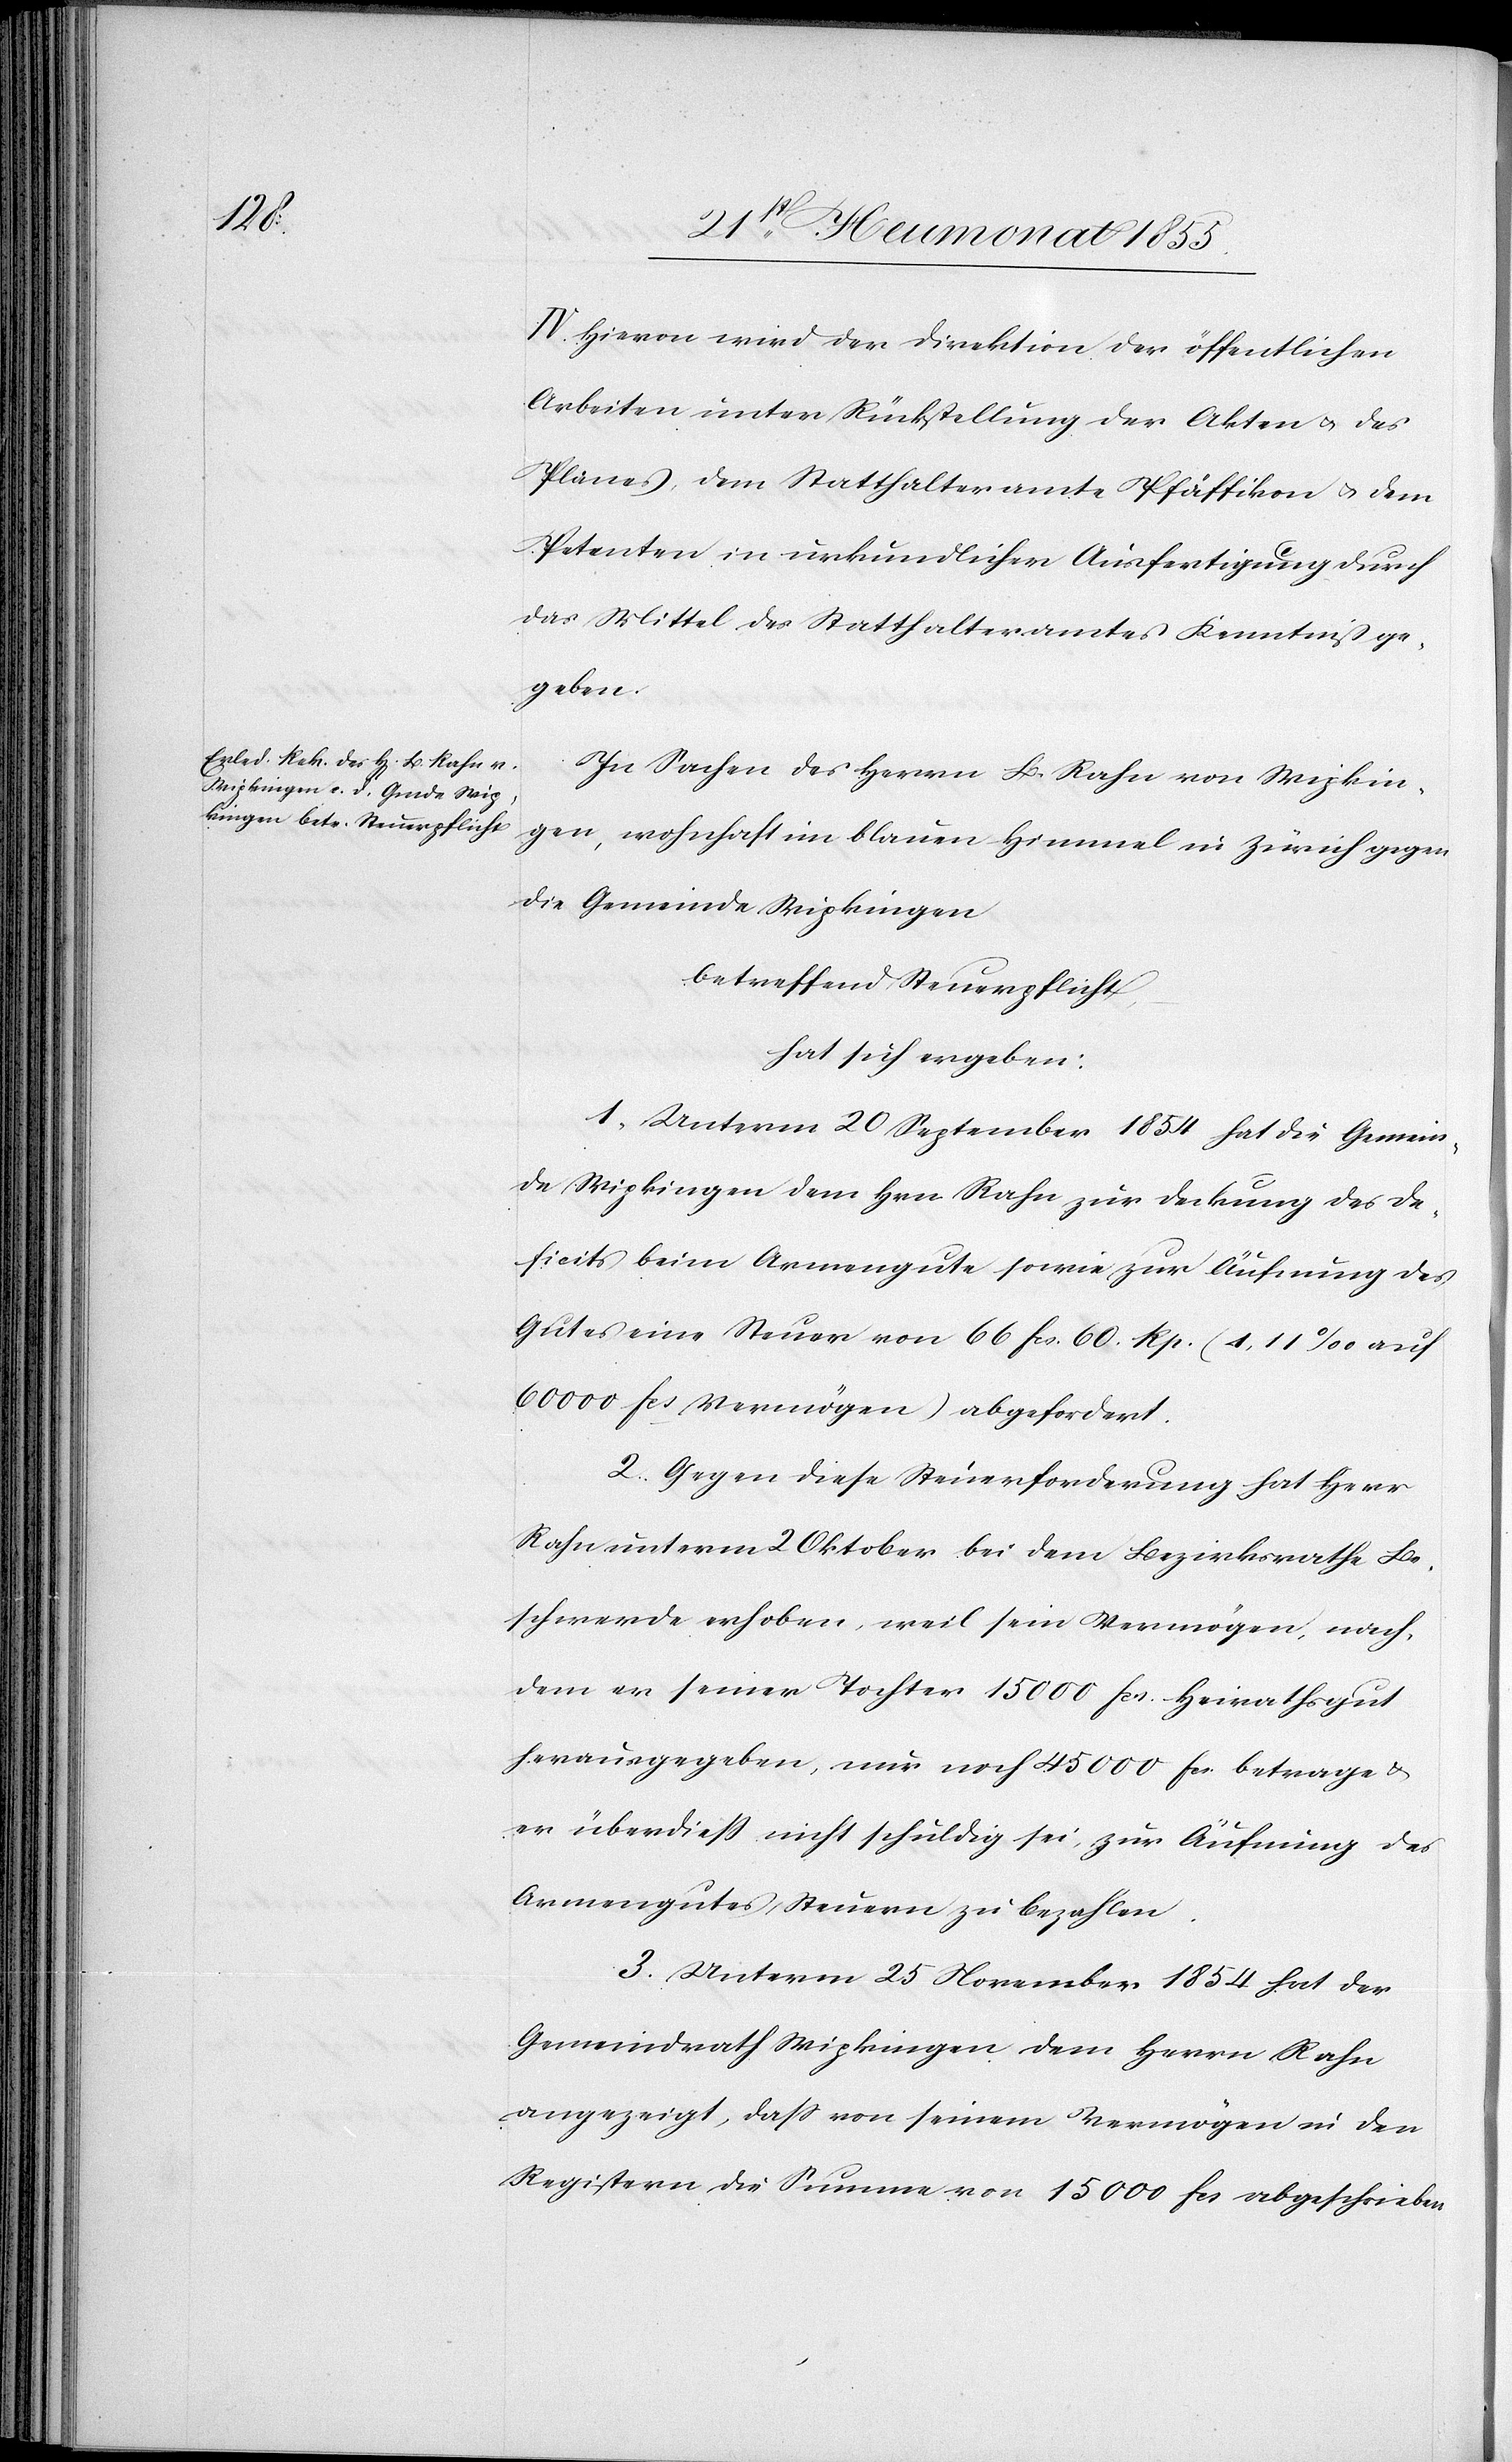
IV. Hievon wird der Direktion der öffentlichen
Arbeiten unter Rückstellung der Akten & des
Planes, dem Statthalteramte Pfäffikon & dem
Petenten in urkundlicher Ausfertigung durch
das Mittel des Statthalteramtes Kenntniß ge¬
geben.
In Sachen des Herrn B. Rahn von Wipkin¬
gen, wohnhaft im blauen Himmel in Zürich gegen
die Gemeinde Wipkingen
betreffend Steuerpflicht,
hat sich ergeben:
1, Unterm 20 September 1854 hat die Gemein¬
de Wipkingen dem Hrn. Rahn zur Deckung des De¬
ficits beim Armengute sowie zur Äufnung des
Gutes eine Steuer von 66 Fcs. 60. Rp. (1,11‰ auf
60 000 Fcs Vermögen) abgefordert.
2. Gegen diese Steuerforderung hat Herr
Rahn unterm 2 Oktober bei dem Bezirksrathe Be¬
schwerde erhoben, weil sein Vermögen, nach¬
dem er seiner Tochter 15 000 Fcs. Heirathsgut
herausgegeben, nur noch 45 000 Fcs. betrage &
er überdiess nicht schuldig sei, zur Äufnung des
Armengutes Steuern zu bezahlen.
3. Unterm 25 November 1854 hat der
Gemeindrath Wipkingen dem Herrn Rahn
angezeigt, dass von seinem Vermögen in den
Registern die Summe von 15 000 Fcs abgeschrieben